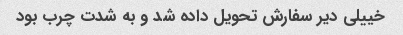
خییلی دیر سفارش تحویل داده شد و به شدت چرب بود